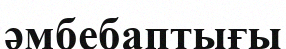
әмбебаптығы